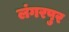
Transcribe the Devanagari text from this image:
लंगरपुर